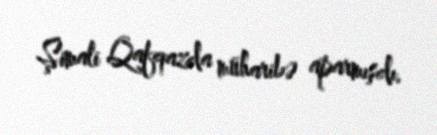
Şimali Qafqazda müharibə aparmışdı.